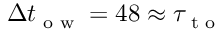
\Delta t _ { \textrm { o w } } = 4 8 \approx \tau _ { \textrm { t o } }